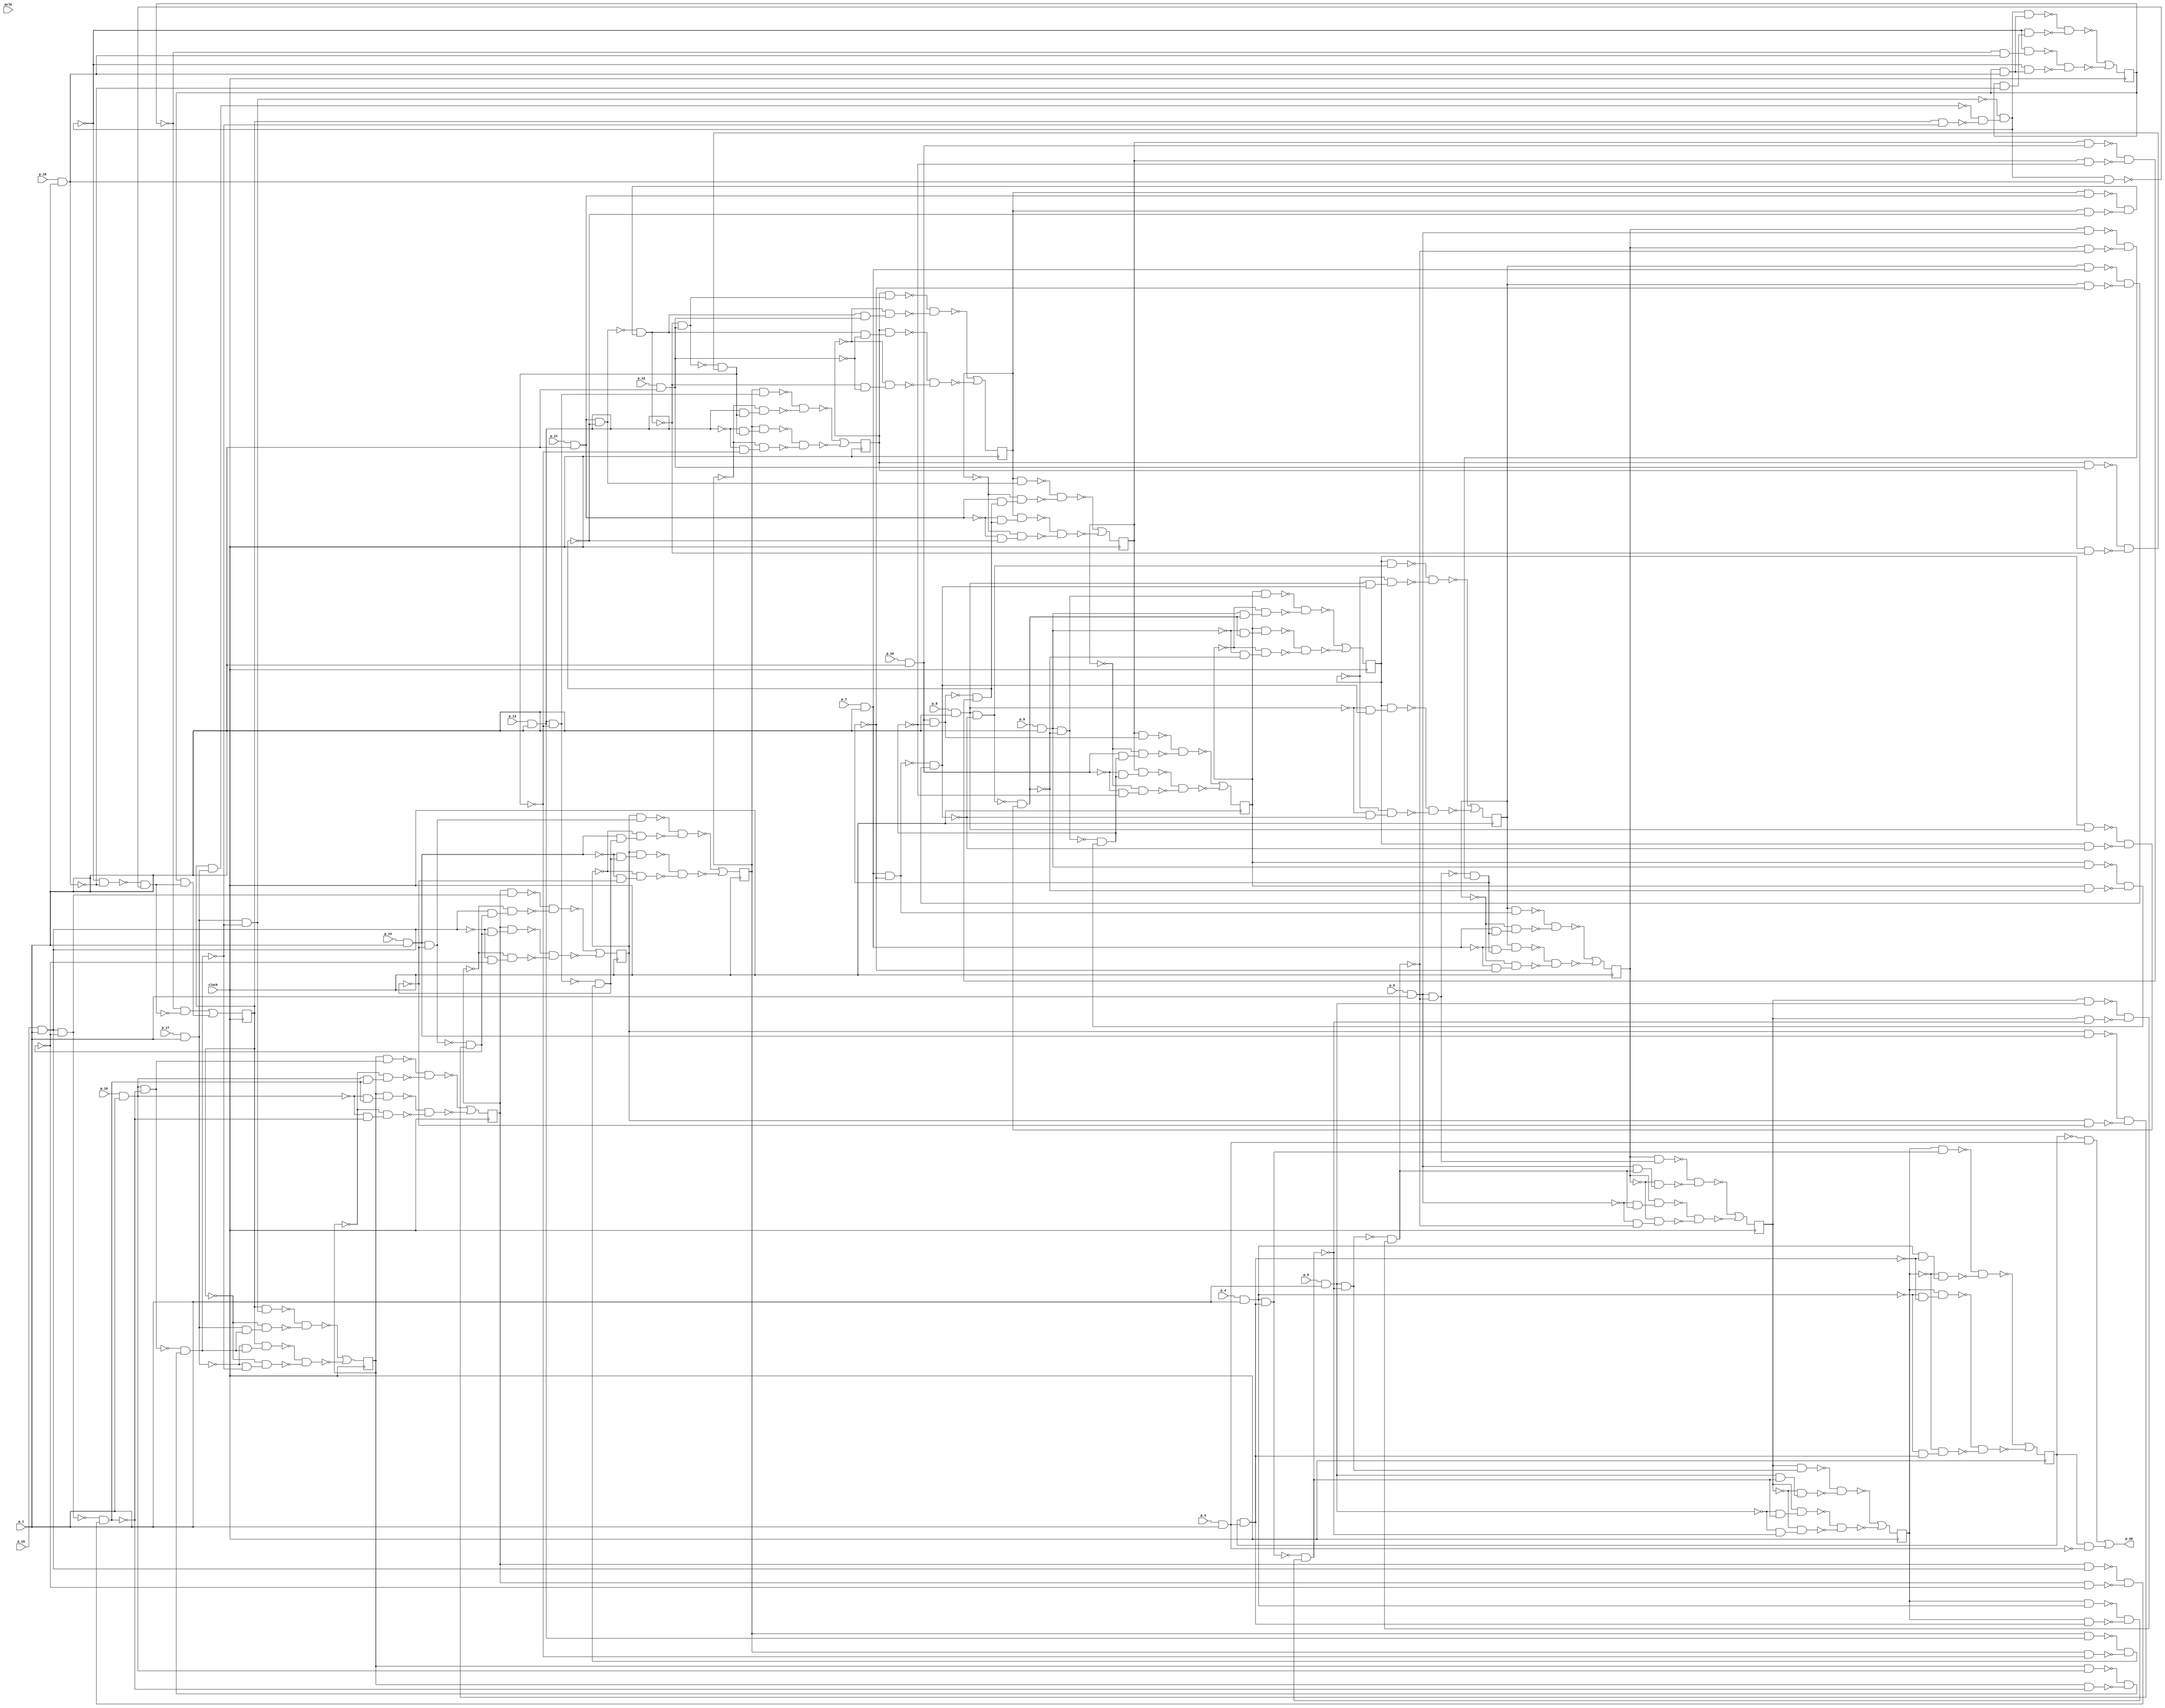
module top ( clock, 
    p_10, p_12, p_11, pclk, p_14, p_13, p_16, p_15, p_9, p_18, p_8, p_17,
    p_7, p_6, p_5, p_4, p_3, p_1,
    p_36  );
  input  clock;
  input  p_10, p_12, p_11, pclk, p_14, p_13, p_16, p_15, p_9, p_18, p_8,
    p_17, p_7, p_6, p_5, p_4, p_3, p_1;
  output p_36;
  reg n_28, n_24, n_25, n_26, n_27, n_20, n_21, n_22, n_23, n_2, n_29, n_30,
    n_31, n_32, n_33, n_34;
  wire new_n68_, new_n69_, new_n70_1_, new_n72_, new_n73_, new_n74_,
    new_n75_1_, new_n76_, new_n77_, new_n78_, new_n79_, new_n80_1_,
    new_n81_, new_n82_, new_n83_, new_n84_, new_n85_1_, new_n86_, new_n87_,
    new_n88_, new_n89_, new_n90_1_, new_n91_, new_n92_, new_n93_, new_n94_,
    new_n95_1_, new_n96_, new_n97_, new_n98_, new_n99_, new_n100_1_,
    new_n101_, new_n102_, new_n103_, new_n104_, new_n105_1_, new_n106_,
    new_n107_, new_n108_, new_n109_, new_n110_1_, new_n111_, new_n112_,
    new_n113_, new_n114_, new_n115_1_, new_n116_, new_n117_, new_n118_,
    new_n119_, new_n120_, new_n121_, new_n122_, new_n123_, new_n124_,
    new_n125_, new_n126_, new_n127_, new_n128_, new_n129_, new_n130_,
    new_n131_, new_n133_, new_n134_, new_n135_, new_n136_, new_n137_,
    new_n138_, new_n139_, new_n140_, new_n141_, new_n143_, new_n144_,
    new_n145_, new_n146_, new_n147_, new_n148_, new_n149_, new_n150_,
    new_n151_, new_n153_, new_n154_, new_n155_, new_n156_, new_n157_,
    new_n158_, new_n159_, new_n160_, new_n161_, new_n163_, new_n164_,
    new_n165_, new_n166_, new_n167_, new_n168_, new_n169_, new_n170_,
    new_n171_, new_n173_, new_n174_, new_n175_, new_n176_, new_n177_,
    new_n178_, new_n179_, new_n180_, new_n181_, new_n183_, new_n184_,
    new_n185_, new_n186_, new_n187_, new_n188_, new_n189_, new_n190_,
    new_n191_, new_n193_, new_n194_, new_n195_, new_n196_, new_n197_,
    new_n198_, new_n199_, new_n200_, new_n201_, new_n203_, new_n204_,
    new_n205_, new_n206_, new_n207_, new_n208_, new_n209_, new_n210_,
    new_n211_, new_n213_, new_n214_, new_n215_, new_n216_, new_n217_,
    new_n218_, new_n219_, new_n220_, new_n221_, new_n222_, new_n223_,
    new_n224_, new_n225_, new_n226_, new_n227_, new_n228_, new_n229_,
    new_n230_, new_n231_, new_n232_, new_n233_, new_n234_, new_n235_,
    new_n236_, new_n237_, new_n238_, new_n239_, new_n240_, new_n241_,
    new_n242_, new_n243_, new_n244_, new_n245_, new_n246_, new_n247_,
    new_n248_, new_n249_, new_n250_, new_n251_, new_n252_, new_n253_,
    new_n254_, new_n255_, new_n256_, new_n258_, new_n259_, new_n260_,
    new_n261_, new_n262_, new_n263_, new_n264_, new_n265_, new_n266_,
    new_n268_, new_n269_, new_n270_, new_n271_, new_n272_, new_n273_,
    new_n274_, new_n275_, new_n276_, new_n278_, new_n279_, new_n280_,
    new_n281_, new_n282_, new_n283_, new_n284_, new_n285_, new_n286_,
    new_n288_, new_n289_, new_n290_, new_n291_, new_n292_, new_n293_,
    new_n294_, new_n295_, new_n296_, new_n298_, new_n299_, new_n300_,
    new_n301_, new_n302_, new_n303_, new_n304_, new_n305_, new_n306_,
    new_n308_, new_n309_, new_n310_, new_n311_, new_n312_, n40, n45, n50,
    n55, n60, n65, n70, n75, n80, n85, n90, n95, n100, n105, n110, n115;
  assign new_n68_ = p_3 & p_1;
  assign new_n69_ = ~n_20 & new_n68_;
  assign new_n70_1_ = n_20 & ~new_n68_;
  assign p_36 = new_n69_ | new_n70_1_;
  assign new_n72_ = p_11 & p_1;
  assign new_n73_ = n_28 & new_n72_;
  assign new_n74_ = p_10 & p_1;
  assign new_n75_1_ = n_27 & new_n74_;
  assign new_n76_ = p_9 & p_1;
  assign new_n77_ = n_26 & new_n76_;
  assign new_n78_ = p_8 & p_1;
  assign new_n79_ = n_25 & new_n78_;
  assign new_n80_1_ = p_7 & p_1;
  assign new_n81_ = n_24 & new_n80_1_;
  assign new_n82_ = p_6 & p_1;
  assign new_n83_ = n_23 & new_n82_;
  assign new_n84_ = p_5 & p_1;
  assign new_n85_1_ = n_22 & new_n84_;
  assign new_n86_ = p_4 & p_1;
  assign new_n87_ = n_21 & new_n86_;
  assign new_n88_ = n_20 & new_n68_;
  assign new_n89_ = n_21 & new_n88_;
  assign new_n90_1_ = new_n86_ & new_n88_;
  assign new_n91_ = ~new_n87_ & ~new_n89_;
  assign new_n92_ = ~new_n90_1_ & new_n91_;
  assign new_n93_ = n_22 & ~new_n92_;
  assign new_n94_ = new_n84_ & ~new_n92_;
  assign new_n95_1_ = ~new_n85_1_ & ~new_n93_;
  assign new_n96_ = ~new_n94_ & new_n95_1_;
  assign new_n97_ = n_23 & ~new_n96_;
  assign new_n98_ = new_n82_ & ~new_n96_;
  assign new_n99_ = ~new_n83_ & ~new_n97_;
  assign new_n100_1_ = ~new_n98_ & new_n99_;
  assign new_n101_ = n_24 & ~new_n100_1_;
  assign new_n102_ = new_n80_1_ & ~new_n100_1_;
  assign new_n103_ = ~new_n81_ & ~new_n101_;
  assign new_n104_ = ~new_n102_ & new_n103_;
  assign new_n105_1_ = n_25 & ~new_n104_;
  assign new_n106_ = new_n78_ & ~new_n104_;
  assign new_n107_ = ~new_n79_ & ~new_n105_1_;
  assign new_n108_ = ~new_n106_ & new_n107_;
  assign new_n109_ = n_26 & ~new_n108_;
  assign new_n110_1_ = new_n76_ & ~new_n108_;
  assign new_n111_ = ~new_n77_ & ~new_n109_;
  assign new_n112_ = ~new_n110_1_ & new_n111_;
  assign new_n113_ = n_27 & ~new_n112_;
  assign new_n114_ = new_n74_ & ~new_n112_;
  assign new_n115_1_ = ~new_n75_1_ & ~new_n113_;
  assign new_n116_ = ~new_n114_ & new_n115_1_;
  assign new_n117_ = n_28 & ~new_n116_;
  assign new_n118_ = new_n72_ & ~new_n116_;
  assign new_n119_ = ~new_n73_ & ~new_n117_;
  assign new_n120_ = ~new_n118_ & new_n119_;
  assign new_n121_ = p_12 & p_1;
  assign new_n122_ = ~new_n120_ & new_n121_;
  assign new_n123_ = n_29 & new_n122_;
  assign new_n124_ = new_n120_ & new_n121_;
  assign new_n125_ = ~n_29 & new_n124_;
  assign new_n126_ = new_n120_ & ~new_n121_;
  assign new_n127_ = n_29 & new_n126_;
  assign new_n128_ = ~new_n120_ & ~new_n121_;
  assign new_n129_ = ~n_29 & new_n128_;
  assign new_n130_ = ~new_n123_ & ~new_n125_;
  assign new_n131_ = ~new_n127_ & ~new_n129_;
  assign n40 = ~new_n130_ | ~new_n131_;
  assign new_n133_ = n_25 & new_n106_;
  assign new_n134_ = new_n78_ & new_n104_;
  assign new_n135_ = ~n_25 & new_n134_;
  assign new_n136_ = ~new_n78_ & new_n104_;
  assign new_n137_ = n_25 & new_n136_;
  assign new_n138_ = ~new_n78_ & ~new_n104_;
  assign new_n139_ = ~n_25 & new_n138_;
  assign new_n140_ = ~new_n133_ & ~new_n135_;
  assign new_n141_ = ~new_n137_ & ~new_n139_;
  assign n45 = ~new_n140_ | ~new_n141_;
  assign new_n143_ = n_26 & new_n110_1_;
  assign new_n144_ = new_n76_ & new_n108_;
  assign new_n145_ = ~n_26 & new_n144_;
  assign new_n146_ = ~new_n76_ & new_n108_;
  assign new_n147_ = n_26 & new_n146_;
  assign new_n148_ = ~new_n76_ & ~new_n108_;
  assign new_n149_ = ~n_26 & new_n148_;
  assign new_n150_ = ~new_n143_ & ~new_n145_;
  assign new_n151_ = ~new_n147_ & ~new_n149_;
  assign n50 = ~new_n150_ | ~new_n151_;
  assign new_n153_ = n_27 & new_n114_;
  assign new_n154_ = new_n74_ & new_n112_;
  assign new_n155_ = ~n_27 & new_n154_;
  assign new_n156_ = ~new_n74_ & new_n112_;
  assign new_n157_ = n_27 & new_n156_;
  assign new_n158_ = ~new_n74_ & ~new_n112_;
  assign new_n159_ = ~n_27 & new_n158_;
  assign new_n160_ = ~new_n153_ & ~new_n155_;
  assign new_n161_ = ~new_n157_ & ~new_n159_;
  assign n55 = ~new_n160_ | ~new_n161_;
  assign new_n163_ = n_28 & new_n118_;
  assign new_n164_ = new_n72_ & new_n116_;
  assign new_n165_ = ~n_28 & new_n164_;
  assign new_n166_ = ~new_n72_ & new_n116_;
  assign new_n167_ = n_28 & new_n166_;
  assign new_n168_ = ~new_n72_ & ~new_n116_;
  assign new_n169_ = ~n_28 & new_n168_;
  assign new_n170_ = ~new_n163_ & ~new_n165_;
  assign new_n171_ = ~new_n167_ & ~new_n169_;
  assign n60 = ~new_n170_ | ~new_n171_;
  assign new_n173_ = n_21 & new_n90_1_;
  assign new_n174_ = new_n86_ & ~new_n88_;
  assign new_n175_ = ~n_21 & new_n174_;
  assign new_n176_ = ~new_n86_ & ~new_n88_;
  assign new_n177_ = n_21 & new_n176_;
  assign new_n178_ = ~new_n86_ & new_n88_;
  assign new_n179_ = ~n_21 & new_n178_;
  assign new_n180_ = ~new_n173_ & ~new_n175_;
  assign new_n181_ = ~new_n177_ & ~new_n179_;
  assign n65 = ~new_n180_ | ~new_n181_;
  assign new_n183_ = n_22 & new_n94_;
  assign new_n184_ = new_n84_ & new_n92_;
  assign new_n185_ = ~n_22 & new_n184_;
  assign new_n186_ = ~new_n84_ & new_n92_;
  assign new_n187_ = n_22 & new_n186_;
  assign new_n188_ = ~new_n84_ & ~new_n92_;
  assign new_n189_ = ~n_22 & new_n188_;
  assign new_n190_ = ~new_n183_ & ~new_n185_;
  assign new_n191_ = ~new_n187_ & ~new_n189_;
  assign n70 = ~new_n190_ | ~new_n191_;
  assign new_n193_ = n_23 & new_n98_;
  assign new_n194_ = new_n82_ & new_n96_;
  assign new_n195_ = ~n_23 & new_n194_;
  assign new_n196_ = ~new_n82_ & new_n96_;
  assign new_n197_ = n_23 & new_n196_;
  assign new_n198_ = ~new_n82_ & ~new_n96_;
  assign new_n199_ = ~n_23 & new_n198_;
  assign new_n200_ = ~new_n193_ & ~new_n195_;
  assign new_n201_ = ~new_n197_ & ~new_n199_;
  assign n75 = ~new_n200_ | ~new_n201_;
  assign new_n203_ = n_24 & new_n102_;
  assign new_n204_ = new_n80_1_ & new_n100_1_;
  assign new_n205_ = ~n_24 & new_n204_;
  assign new_n206_ = ~new_n80_1_ & new_n100_1_;
  assign new_n207_ = n_24 & new_n206_;
  assign new_n208_ = ~new_n80_1_ & ~new_n100_1_;
  assign new_n209_ = ~n_24 & new_n208_;
  assign new_n210_ = ~new_n203_ & ~new_n205_;
  assign new_n211_ = ~new_n207_ & ~new_n209_;
  assign n80 = ~new_n210_ | ~new_n211_;
  assign new_n213_ = p_17 & p_1;
  assign new_n214_ = n_34 & new_n213_;
  assign new_n215_ = p_16 & p_1;
  assign new_n216_ = n_33 & new_n215_;
  assign new_n217_ = p_15 & p_1;
  assign new_n218_ = n_32 & new_n217_;
  assign new_n219_ = p_14 & p_1;
  assign new_n220_ = n_31 & new_n219_;
  assign new_n221_ = p_13 & p_1;
  assign new_n222_ = n_30 & new_n221_;
  assign new_n223_ = n_29 & new_n121_;
  assign new_n224_ = n_29 & ~new_n120_;
  assign new_n225_ = ~new_n223_ & ~new_n224_;
  assign new_n226_ = ~new_n122_ & new_n225_;
  assign new_n227_ = n_30 & ~new_n226_;
  assign new_n228_ = new_n221_ & ~new_n226_;
  assign new_n229_ = ~new_n222_ & ~new_n227_;
  assign new_n230_ = ~new_n228_ & new_n229_;
  assign new_n231_ = n_31 & ~new_n230_;
  assign new_n232_ = new_n219_ & ~new_n230_;
  assign new_n233_ = ~new_n220_ & ~new_n231_;
  assign new_n234_ = ~new_n232_ & new_n233_;
  assign new_n235_ = n_32 & ~new_n234_;
  assign new_n236_ = new_n217_ & ~new_n234_;
  assign new_n237_ = ~new_n218_ & ~new_n235_;
  assign new_n238_ = ~new_n236_ & new_n237_;
  assign new_n239_ = n_33 & ~new_n238_;
  assign new_n240_ = new_n215_ & ~new_n238_;
  assign new_n241_ = ~new_n216_ & ~new_n239_;
  assign new_n242_ = ~new_n240_ & new_n241_;
  assign new_n243_ = n_34 & ~new_n242_;
  assign new_n244_ = new_n213_ & ~new_n242_;
  assign new_n245_ = ~new_n214_ & ~new_n243_;
  assign new_n246_ = ~new_n244_ & new_n245_;
  assign new_n247_ = p_18 & p_1;
  assign new_n248_ = n_2 & new_n247_;
  assign new_n249_ = new_n246_ & new_n248_;
  assign new_n250_ = n_2 & ~new_n247_;
  assign new_n251_ = ~new_n246_ & new_n250_;
  assign new_n252_ = ~new_n249_ & ~new_n251_;
  assign new_n253_ = ~n_2 & new_n247_;
  assign new_n254_ = ~new_n246_ & new_n253_;
  assign new_n255_ = ~new_n246_ & new_n248_;
  assign new_n256_ = ~new_n254_ & ~new_n255_;
  assign n85 = ~new_n252_ | ~new_n256_;
  assign new_n258_ = n_30 & new_n228_;
  assign new_n259_ = new_n221_ & new_n226_;
  assign new_n260_ = ~n_30 & new_n259_;
  assign new_n261_ = ~new_n221_ & new_n226_;
  assign new_n262_ = n_30 & new_n261_;
  assign new_n263_ = ~new_n221_ & ~new_n226_;
  assign new_n264_ = ~n_30 & new_n263_;
  assign new_n265_ = ~new_n258_ & ~new_n260_;
  assign new_n266_ = ~new_n262_ & ~new_n264_;
  assign n90 = ~new_n265_ | ~new_n266_;
  assign new_n268_ = n_31 & new_n232_;
  assign new_n269_ = new_n219_ & new_n230_;
  assign new_n270_ = ~n_31 & new_n269_;
  assign new_n271_ = ~new_n219_ & new_n230_;
  assign new_n272_ = n_31 & new_n271_;
  assign new_n273_ = ~new_n219_ & ~new_n230_;
  assign new_n274_ = ~n_31 & new_n273_;
  assign new_n275_ = ~new_n268_ & ~new_n270_;
  assign new_n276_ = ~new_n272_ & ~new_n274_;
  assign n95 = ~new_n275_ | ~new_n276_;
  assign new_n278_ = n_32 & new_n236_;
  assign new_n279_ = new_n217_ & new_n234_;
  assign new_n280_ = ~n_32 & new_n279_;
  assign new_n281_ = ~new_n217_ & new_n234_;
  assign new_n282_ = n_32 & new_n281_;
  assign new_n283_ = ~new_n217_ & ~new_n234_;
  assign new_n284_ = ~n_32 & new_n283_;
  assign new_n285_ = ~new_n278_ & ~new_n280_;
  assign new_n286_ = ~new_n282_ & ~new_n284_;
  assign n100 = ~new_n285_ | ~new_n286_;
  assign new_n288_ = n_33 & new_n240_;
  assign new_n289_ = new_n215_ & new_n238_;
  assign new_n290_ = ~n_33 & new_n289_;
  assign new_n291_ = ~new_n215_ & new_n238_;
  assign new_n292_ = n_33 & new_n291_;
  assign new_n293_ = ~new_n215_ & ~new_n238_;
  assign new_n294_ = ~n_33 & new_n293_;
  assign new_n295_ = ~new_n288_ & ~new_n290_;
  assign new_n296_ = ~new_n292_ & ~new_n294_;
  assign n105 = ~new_n295_ | ~new_n296_;
  assign new_n298_ = n_34 & new_n244_;
  assign new_n299_ = new_n213_ & new_n242_;
  assign new_n300_ = ~n_34 & new_n299_;
  assign new_n301_ = ~new_n213_ & new_n242_;
  assign new_n302_ = n_34 & new_n301_;
  assign new_n303_ = ~new_n213_ & ~new_n242_;
  assign new_n304_ = ~n_34 & new_n303_;
  assign new_n305_ = ~new_n298_ & ~new_n300_;
  assign new_n306_ = ~new_n302_ & ~new_n304_;
  assign n110 = ~new_n305_ | ~new_n306_;
  assign new_n308_ = ~new_n246_ & ~new_n247_;
  assign new_n309_ = new_n246_ & new_n247_;
  assign new_n310_ = ~new_n308_ & ~new_n309_;
  assign new_n311_ = ~n_2 & ~new_n310_;
  assign new_n312_ = n_2 & new_n310_;
  assign n115 = new_n311_ | new_n312_;
  always @ (posedge clock) begin
    n_28 <= n40;
    n_24 <= n45;
    n_25 <= n50;
    n_26 <= n55;
    n_27 <= n60;
    n_20 <= n65;
    n_21 <= n70;
    n_22 <= n75;
    n_23 <= n80;
    n_2 <= n85;
    n_29 <= n90;
    n_30 <= n95;
    n_31 <= n100;
    n_32 <= n105;
    n_33 <= n110;
    n_34 <= n115;
  end
endmodule